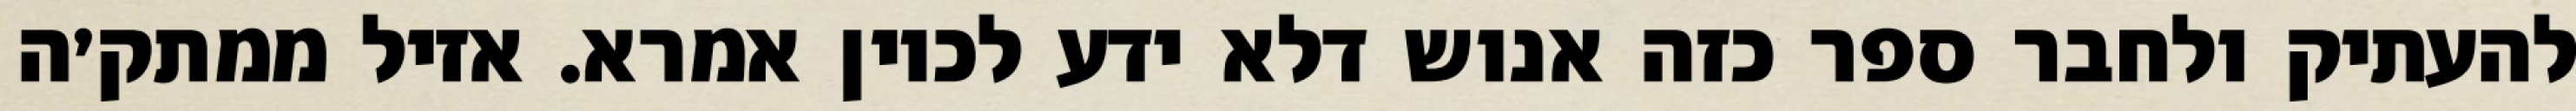
להעתיק ולחבר ספר כזה אנוש דלא ידע לכוין אמרא. אזיל ממתק׳ה